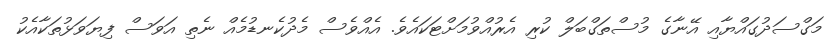
މަގްސަދުގައްޔާއި އޭނާގެ މުސްތަގްބަލް ކުރި އެރުއްވުމަށްޓަކައެވެ. އެއްވެސް މެދުކެނޑުމެއް ނެތި އަވަސް ފިޔަވަޅުތަކާއެކު